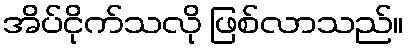
အိပ်ငိုက်သလို ဖြစ်လာသည်။